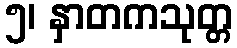
၅၊ နှာတကသုတ္တ